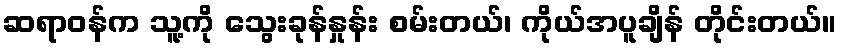
ဆရာဝန်က သူ့ကို သွေးခုန်နှုန်း စမ်းတယ်၊ ကိုယ်အပူချိန် တိုင်းတယ်။